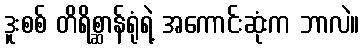
ဒူးစစ် တိရိစ္ဆာန်ရုံရဲ့ အကောင်းဆုံးက ဘာလဲ။